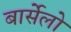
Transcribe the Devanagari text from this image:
बार्सेलो